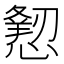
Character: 𢢍